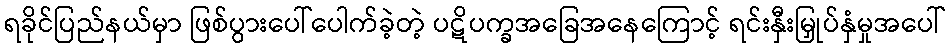
ရခိုင်ပြည်နယ်မှာ ဖြစ်ပွားပေါ်ပေါက်ခဲ့တဲ့ ပဋိပက္ခအခြေအနေကြောင့် ရင်းနှီးမြှုပ်နှံမှုအပေါ်